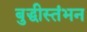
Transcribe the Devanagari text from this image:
बुद्धीस्तंभन